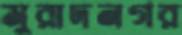
মুরাদনগর